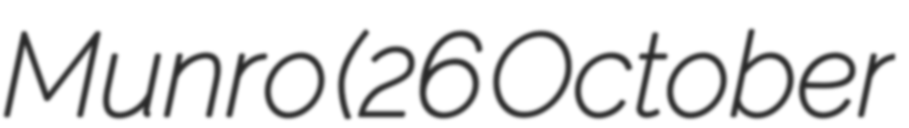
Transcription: Munro (26 October